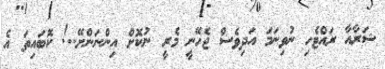
ޝަރާއާ ރައްޓެހި ނުވިނަމަ އަދިވެސް ޖެހޭނީ މެރީ ނުކޮށް އިންނަންށޭ..! ކޮބައިތަ އެ